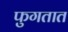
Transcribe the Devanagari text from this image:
फुगतात